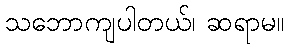
သဘောကျပါတယ်၊ ဆရာမ။